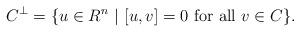
LaTeX: \begin{align*}C^\perp=\{ {u} \in R^n \ | \ [{u},{v}]= 0 {\rm \ for\ all\ } {v}\in C\}.\end{align*}